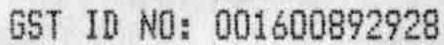
GST ID NO: 001600892928